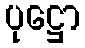
ပုဋ္ဌော